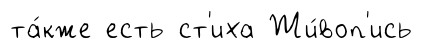
та́кже есть ст'иха Жи́воп'ись